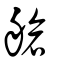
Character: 艙